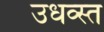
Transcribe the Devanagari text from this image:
उधव्स्त